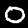
Digit: 0